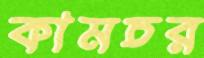
কামচর